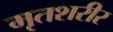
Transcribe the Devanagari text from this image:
मृतशरीर